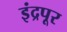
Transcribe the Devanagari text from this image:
इंद्रपूर